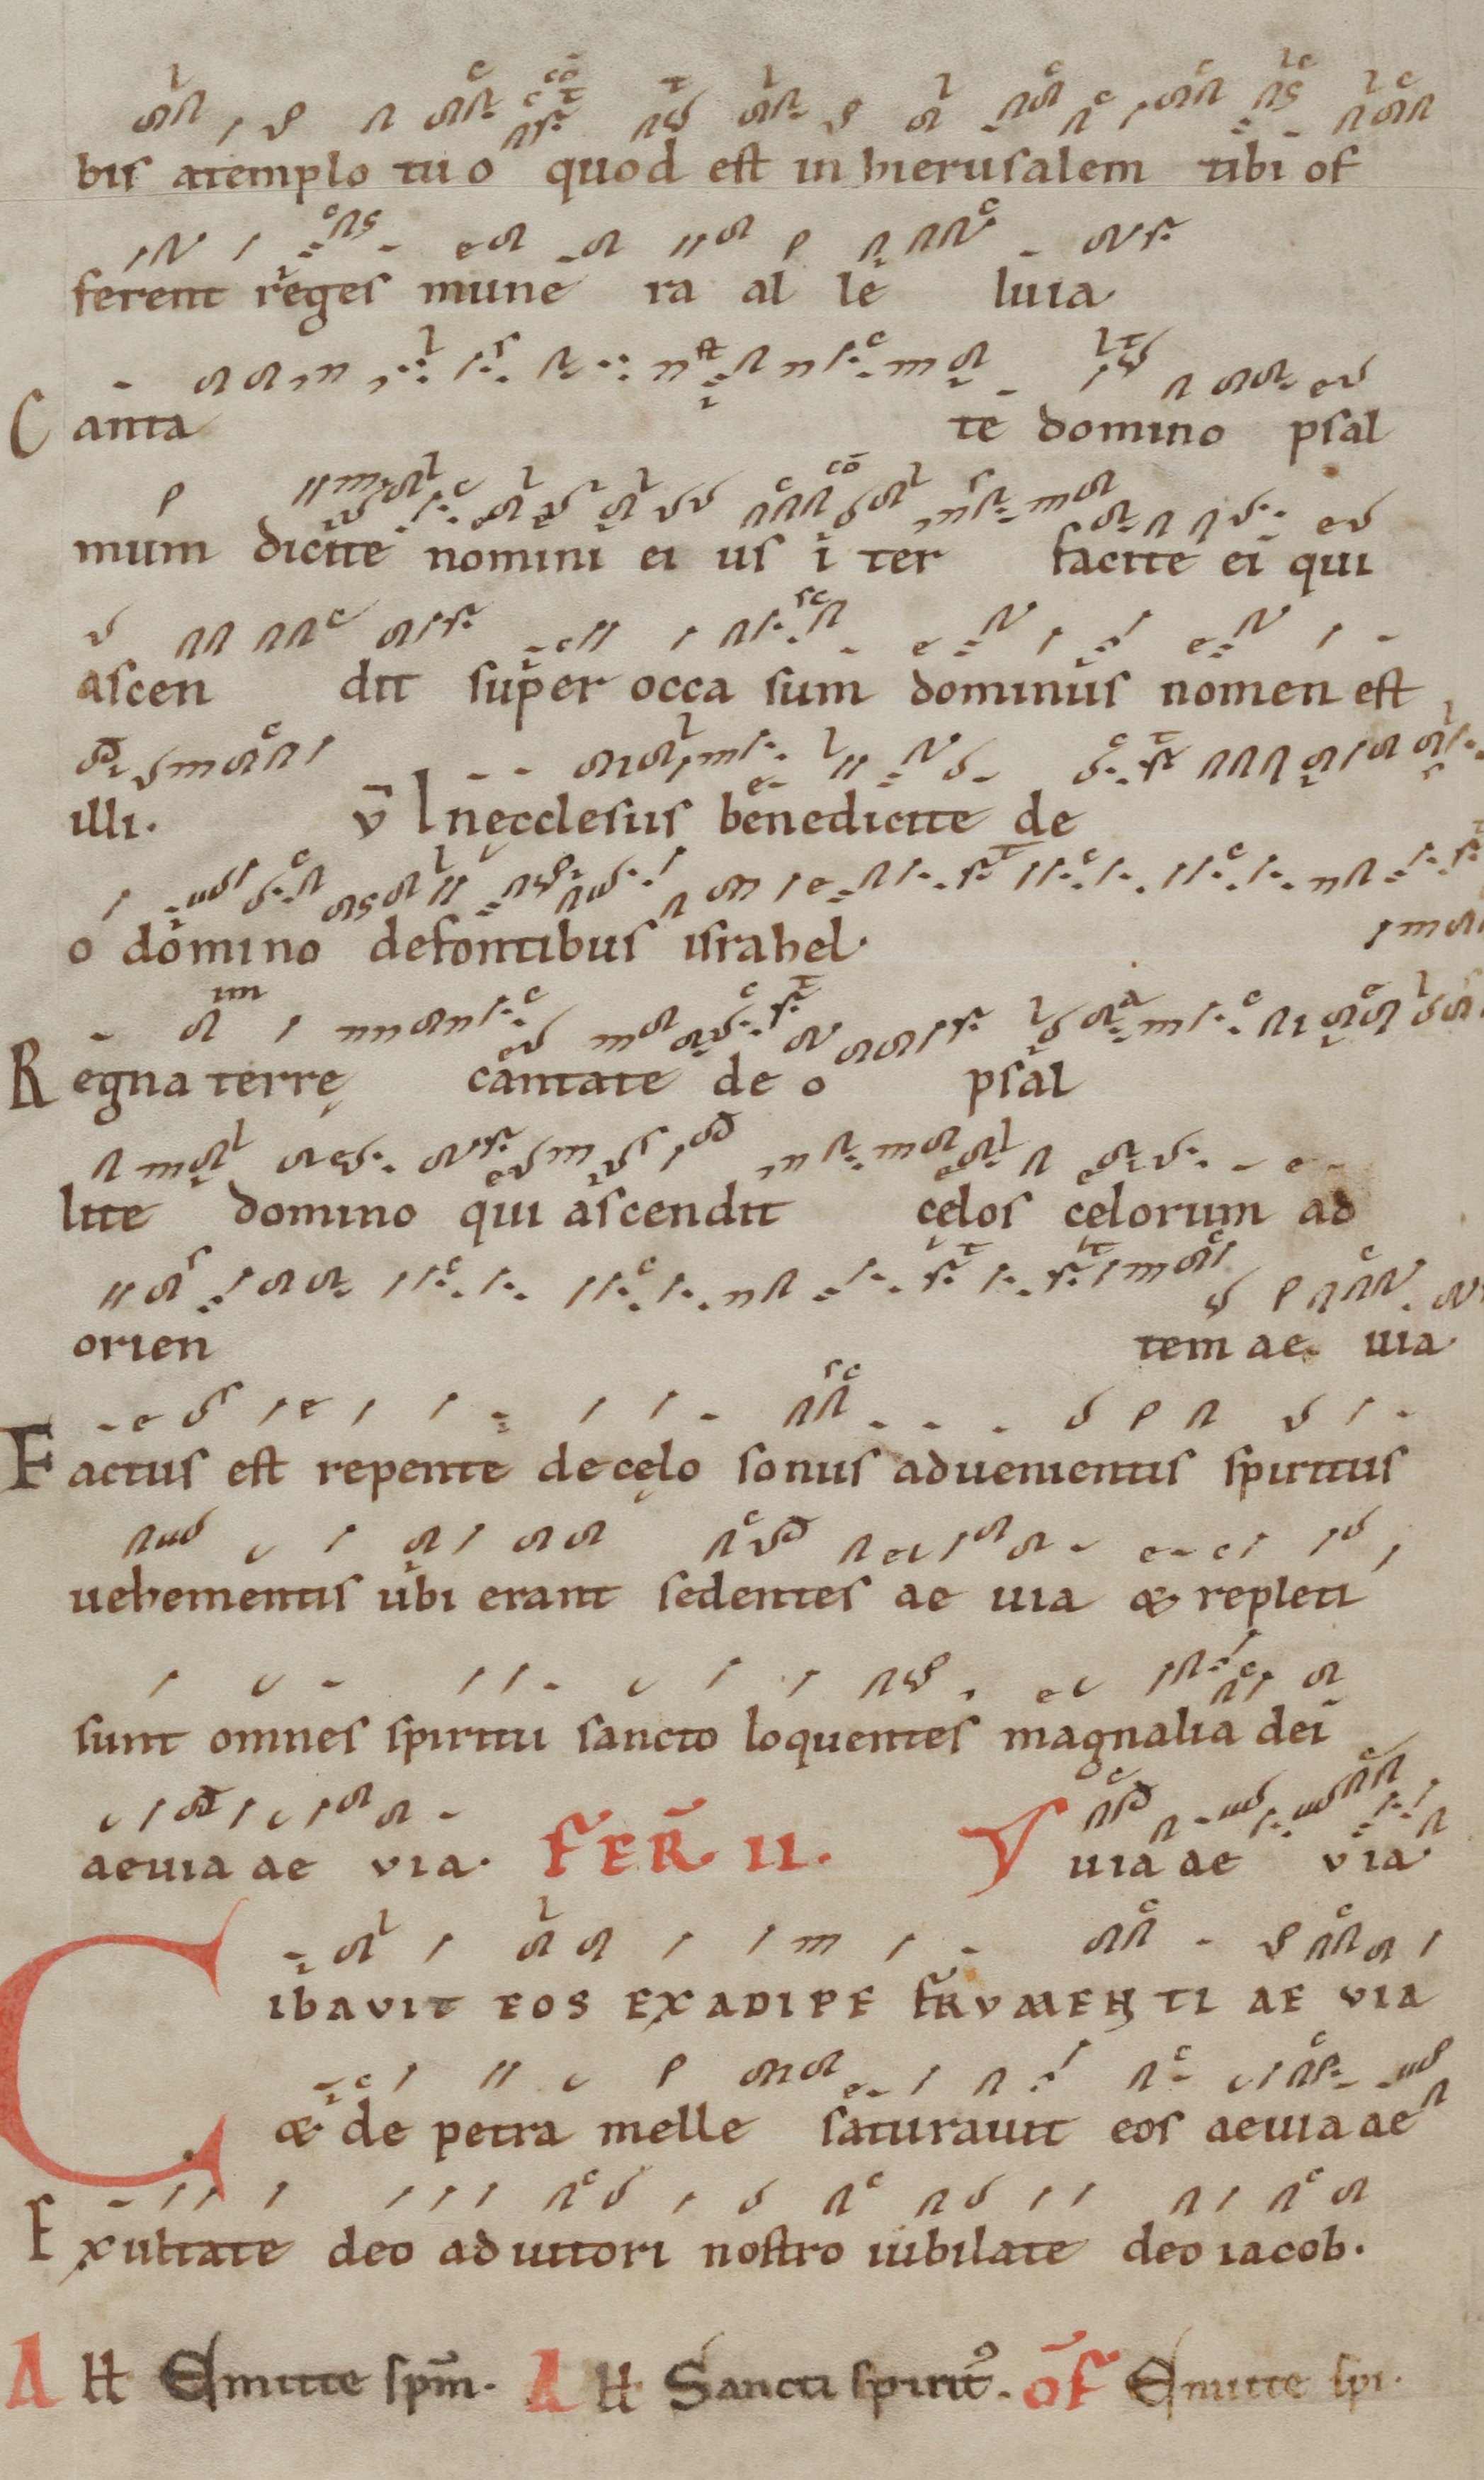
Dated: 1100–1199